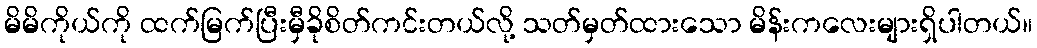
မိမိကိုယ်ကို ထက်မြက်ပြီးမှီခိုစိတ်ကင်းတယ်လို့ သတ်မှတ်ထားသော မိန်းကလေးများရှိပါတယ်။